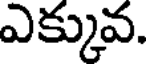
ఎక్కువ.